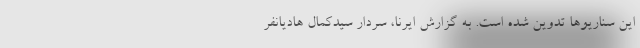
این سناریوها تدوین شده است. به گزارش ایرنا، سردار سیدکمال هادیانفر